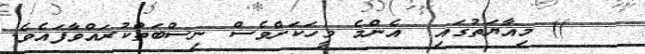
)) މިއާޔަތުގައި  އެންމެ މީހަކަށްވެސް ނިސްބަތްކުރައްވާފައެވެ.